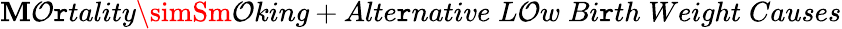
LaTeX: \mathbf{M}\mathcal{O}\mathtt{r}tality\simSm\mathcal{O}king+Alte\mathtt{r}native\; L\mathcal{O}w\; Bi\mathtt{r}th\; Weight\; Causes